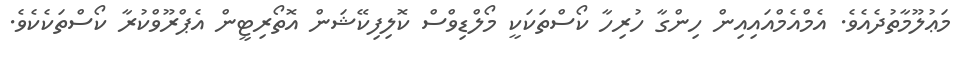
މަޢުލޫމާތުދެއެވެ. އެމްއެމްއައިއިން ހިންގާ ހުރިހާ ކޯސްތަކަކީ މޯލްޑިވްސް ކޮލިފިކޭޝަން އޮތޯރިޓީން އެޕްރޫވްކުރާ ކޯސްތަކެކެވެ.